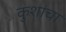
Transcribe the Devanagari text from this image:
कुशांचा